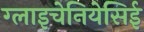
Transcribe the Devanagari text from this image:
ग्लाइचेनियेसिई